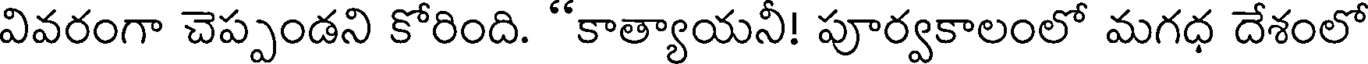
వివరంగా చెప్పండని కోరింది. "కాత్యాయనీ! పూర్వకాలంలో మగధ దేశంలో